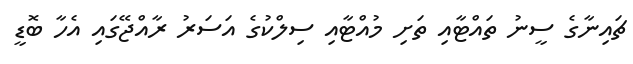
ޗައިނާގެ ސީނު ތައްޓާއި ތަށި މުއްޓާއި ސިލްކުގެ އަސަރު ރާއްޖޭގައި އެހާ ބޮޑީ